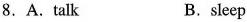
8. A. Talk B. sleep